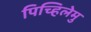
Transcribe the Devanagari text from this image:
पिच्हिलेमु